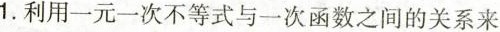
1.利用一元一次不等式与一次函数之间的关系来